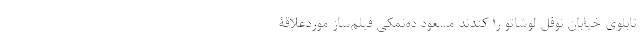
تابلوی خیابان نوفل لوشاتو را کندند مسعود ده‌نمکی فیلم‌ساز مورد‌علاقۀ